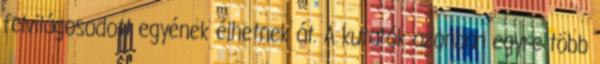
felvilágosodott egyének élhetnek át. A kutatók azonban egyre több